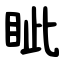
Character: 眦